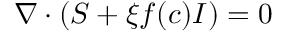
\nabla \cdot ( S + \xi f ( c ) I ) = 0